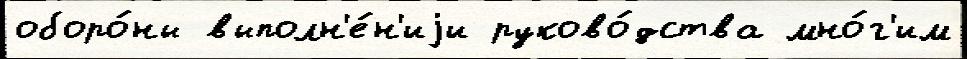
оборо́ны выполн'е́н'иjи руково́дства мно́г'им